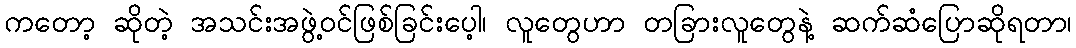
ကတော့ ဆိုတဲ့ အသင်းအဖွဲ့ဝင်ဖြစ်ခြင်းပေ့ါ၊ လူတွေဟာ တခြားလူတွေနဲ့ ဆက်ဆံပြောဆိုရတာ၊